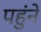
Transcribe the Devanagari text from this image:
पहुंने